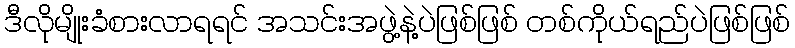
ဒီလိုမျိုးခံစားလာရရင် အသင်းအဖွဲ့နဲ့ပဲဖြစ်ဖြစ် တစ်ကိုယ်ရည်ပဲဖြစ်ဖြစ်